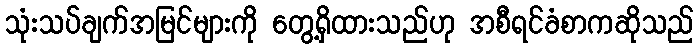
သုံးသပ်ချက်အမြင်များကို တွေ့ရှိထားသည်ဟု အစီရင်ခံစာကဆိုသည်